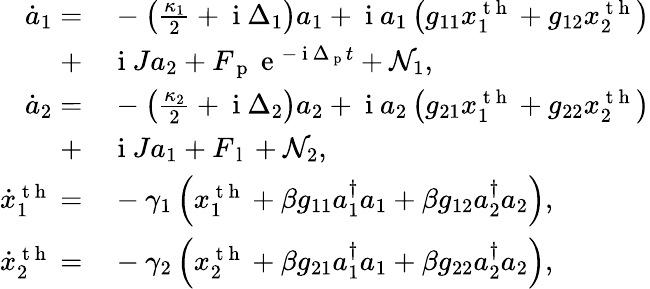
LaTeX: \begin{array}{rl}{\dot{a}_{1}=}&{{}-\left(\frac{\kappa_{1}}{2}+\mathrm{~i~}\Delta_{1}\right)a_{1}+\mathrm{~i~}a_{1}\left(g_{11}x_{1}^{\mathrm{~t~h~}}+g_{12}x_{2}^{\mathrm{~t~h~}}\right)}\\ {+}&{{}\mathrm{~i~}Ja_{2}+F_{\mathrm{~p~}}\mathrm{~e~}^{-\mathrm{~i~}\Delta_{\mathrm{~p~}}t}+\mathcal{N}_{1},}\\ {\dot{a}_{2}=}&{{}-\left(\frac{\kappa_{2}}{2}+\mathrm{~i~}\Delta_{2}\right)a_{2}+\mathrm{~i~}a_{2}\left(g_{21}x_{1}^{\mathrm{~t~h~}}+g_{22}x_{2}^{\mathrm{~t~h~}}\right)}\\ {+}&{{}\mathrm{~i~}Ja_{1}+F_{\mathrm{~l~}}+\mathcal{N}_{2},}\\ {\dot{x}_{1}^{\mathrm{~t~h~}}=}&{{}-\gamma_{1}\left(x_{1}^{\mathrm{~t~h~}}+\beta g_{11}a_{1}^{\dagger}a_{1}+\beta g_{12}a_{2}^{\dagger}a_{2}\right),}\\ {\dot{x}_{2}^{\mathrm{~t~h~}}=}&{{}-\gamma_{2}\left(x_{2}^{\mathrm{~t~h~}}+\beta g_{21}a_{1}^{\dagger}a_{1}+\beta g_{22}a_{2}^{\dagger}a_{2}\right),}\end{array}